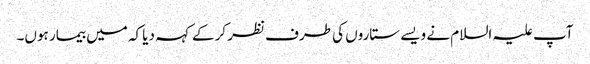
آپ علیہ السلام نے ویسے ستاروں کی طرف نظر کرکے کہہ دیا کہ میں بیمار ہوں۔